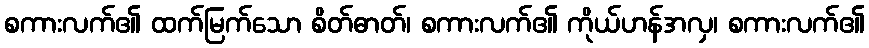
စကားလက်၏ ထက်မြက်သော စိတ်ဓာတ်၊ စကားလက်၏ ကိုယ်ဟန်အလှ၊ စကားလက်၏